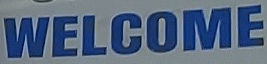
WELCOME